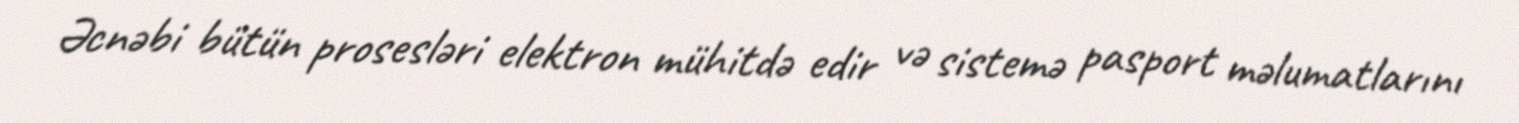
Əcnəbi bütün prosesləri elektron mühitdə edir və sistemə pasport məlumatlarını